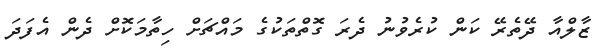
ޒާލްއާ ދޭތެރޭ ކަން ކުރެވުނު ދެރަ ގޮތްތަކުގެ މައްޗަށް ހިތާމަކޮށް ދެން އެފަދަ